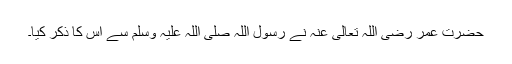
حضرت عمر رضی اللہ تعالیٰ عنہ نے رسول اللہ صلی اللہ علیہ وسلم سے اس کا ذکر کیا۔